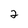
Character: 2